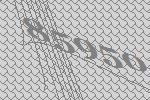
85950